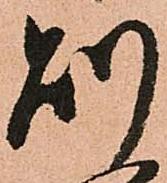
則